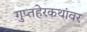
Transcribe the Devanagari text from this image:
गुप्तहेरकथांवर